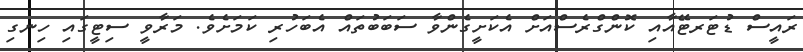
ރައީސް ޑުޓަރޓޭއާއި ކޮންގްރެސްއަށް އެކަށީގެންވާ ސަބަބުތައް އެބަހުރި ކަމަށެވެ. މަރާވީ ސިޓީގައި ހިނގި